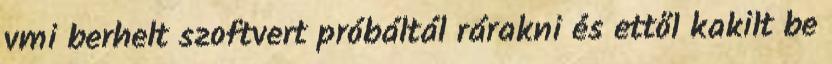
vmi berhelt szoftvert próbáltál rárakni és ettől kakilt be